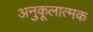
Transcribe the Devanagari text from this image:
अनुकूलात्मक